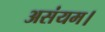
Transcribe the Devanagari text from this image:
असंयम।